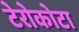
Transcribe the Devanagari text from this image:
टेरोकोटा